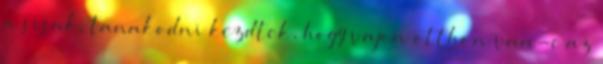
a sisak, tanakodni kezdtek, hogy vajon otthon van-e az